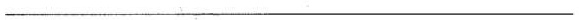
___